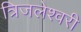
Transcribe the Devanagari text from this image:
त्रिजलेश्वरी